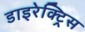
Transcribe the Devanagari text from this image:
डाइरेक्ट्रिस